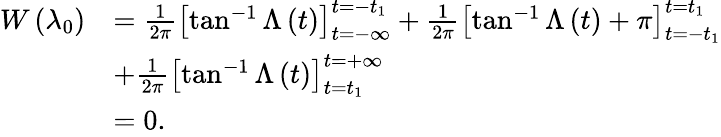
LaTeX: \begin{array}{rl}{W\left(\lambda_{0}\right)}&{=\frac{1}{2\pi}\left[\tan^{-1}\Lambda\left(t\right)\right]_{t=-\infty}^{t=-t_{1}}+\frac{1}{2\pi}\left[\tan^{-1}\Lambda\left(t\right)+\pi\right]_{t=-t_{1}}^{t=t_{1}}}\\ &{+\frac{1}{2\pi}\left[\tan^{-1}\Lambda\left(t\right)\right]_{t=t_{1}}^{t=+\infty}}\\ &{=0.}\end{array}